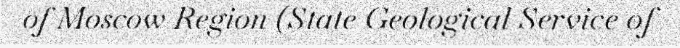
of Moscow Region (State Geological Service of